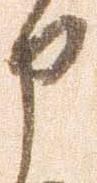
申